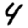
Digit: 4